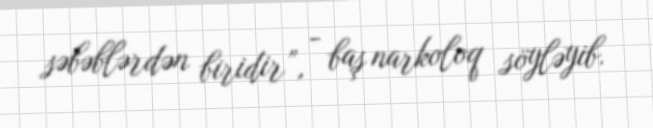
səbəblərdən biridir”, - baş narkoloq söyləyib.